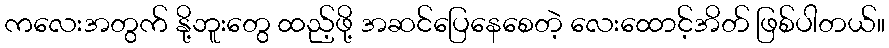
ကလေးအတွက် နို့ဘူးတွေ ထည့်ဖို့ အဆင်ပြေနေစေတဲ့ လေးထောင့်အိတ် ဖြစ်ပါတယ်။